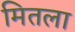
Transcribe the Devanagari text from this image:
मितला